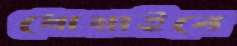
ধোয়াইবে